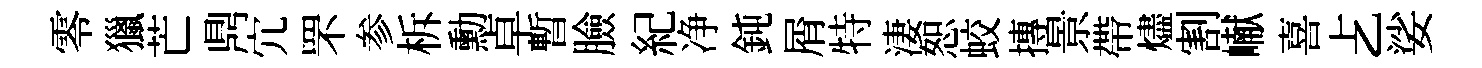
零獵芒𪔂宂罘参柝勳卓暫臉紀净鈍屑特淒恕蛟摶景帶燼割𪩘喜𠧒娑